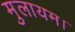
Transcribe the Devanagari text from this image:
मुलायम।